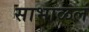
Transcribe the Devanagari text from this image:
साभाळलं